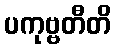
ပကုဗ္ဗတီတိ